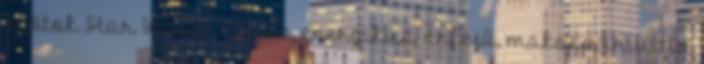
skótok Star Warsa ” „Erős, energikus, önfejű, makacs, intuitív